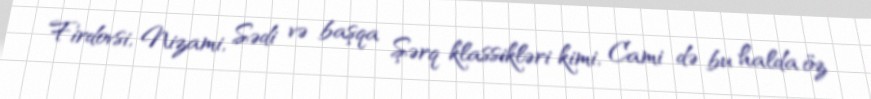
Firdovsi, Nizami, Sədi və başqa Şərq klassikləri kimi, Cami də bu halda öz